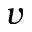
v